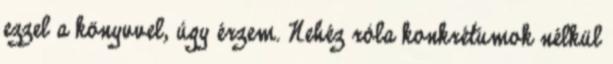
ezzel a könyvvel, úgy érzem. Nehéz róla konkrétumok nélkül